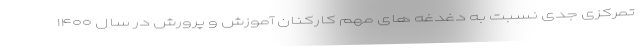
تمرکزی جدی نسبت به دغدغه های مهم کارکنان آموزش و پرورش در سال ۱۴۰۰